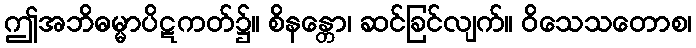
ဤအဘိဓမ္မာပိဋကတ်၌။ စိနန္တော၊ ဆင်ခြင်လျက်။ ဝိသေသတောစ၊